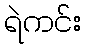
ရဲကင်း